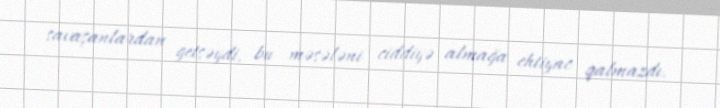
savaşanlardan getsəydi, bu məsələni ciddiyə almağa ehtiyac qalmazdı.